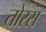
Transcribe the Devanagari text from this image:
तोरस